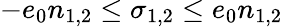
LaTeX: -e_{0}n_{1,2}\leq\sigma_{1,2}\leq e_{0}n_{1,2}